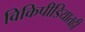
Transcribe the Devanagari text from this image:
विकिपीडियातही